Leaving Certificate Examination, 1912
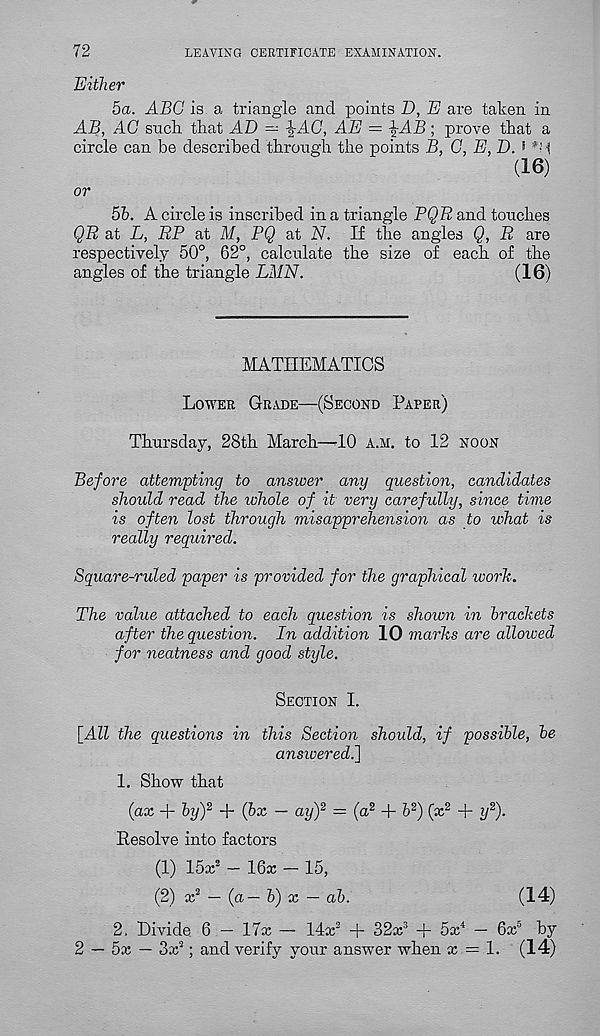
LEAVING CERTIFICATE EXAMINATION.
72
Either
5a. ABC is a triangle and points D, E are taken in
AB, AC such, that AD — ^AC, AE = \AB; prove that a
circle can be described through the points B, C, E, D. i 1 5; 1
(16)
or
5b. A circle is inscribed in a triangle PQE and touches
QE at L, EP at M, PQ at N. II the angles Q, E are
respectively 50°, 62°, calculate the size of each of the
angles of the triangle LMN.
(16)
MATHEMATICS
Lower Grade—(Second Paper)
Thursday, 28th March—-10 a.m. to 12 noon
Before attempting to answer any question, candidates
should read the whole of it very carefully, since time
is often lost through misapprehension as to what is
really required.
Square-ruled paper is provided for the graphical work.
The value attached to each question is shown in brackets
after the question. In addition 10 marks are allowed
for neatness and good style.
Section I.
[All the questions in this Section should, if possible, be
answered^]
1. Show that
{ax + byY + (bx — ay) 2 — (a 2 + b 2 ) (x 2 + y 2 ).
Resolve into factors
(1) 15x 2 - 16x - 15,
(2) x 2 — {a — b) x — ab.
(14)
2. Divide 6 — 17x — 14x 2 + 32x 3 + 5x 4 — 6x 5 by
2 — 5x — 3x 2 ; and verify your answer when x = 1. (14)